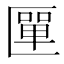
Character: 匰